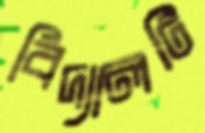
বিদ্যালটি